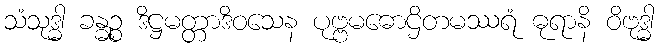
သံသုဒ္ဓါ ခန္ဓဉ္စ ဒိဋ္ဌမတ္တာဒိဝသေန ပုဗ္ဗမဓောဌိတမဿရံ ဓုရာနိ ဝိဗုဒ္ဓါ